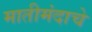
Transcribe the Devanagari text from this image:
मातीमंदाचे